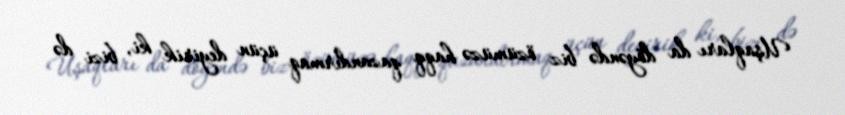
Uşaqları da döyəndə biz özümüzə haqq qazandırmaq üçün deyirik ki, bizi də